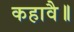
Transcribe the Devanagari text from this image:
कहावै॥